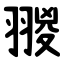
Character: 翪